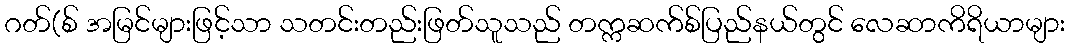
ဂတ်(စ် အမြင်များဖြင့်သာ သတင်းတည်းဖြတ်သူသည် တက္ကဆက်စ်ပြည်နယ်တွင် လေဆာကိရိယာများ